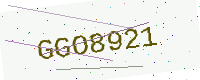
Text: GGO8921